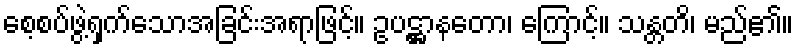
စေ့စပ်ဖွဲ့ရှက်သောအခြင်းအရာဖြင့်။ ဥပဋ္ဌာနတော၊ ကြောင့်။ သန္တတိ၊ မည်၏။